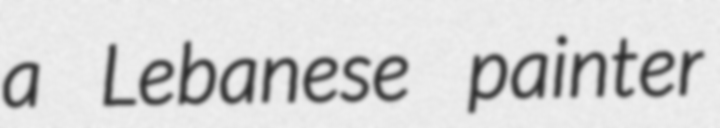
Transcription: a Lebanese painter